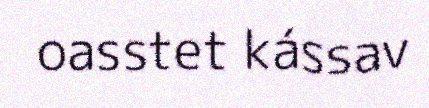
oasstet kássav